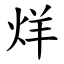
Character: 烊